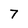
Character: 7